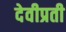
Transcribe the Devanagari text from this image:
देवीप्रती